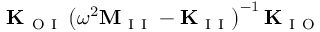
\mathbf { K } _ { \mathrm { ~ O ~ I ~ } } \left( \omega ^ { 2 } \mathbf { M } _ { \mathrm { ~ I ~ I ~ } } - \mathbf { K } _ { \mathrm { ~ I ~ I ~ } } \right) ^ { - 1 } \mathbf { K } _ { \mathrm { ~ I ~ O ~ } }